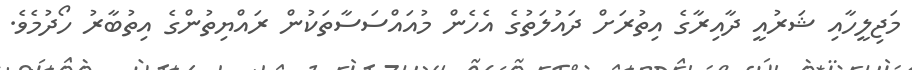
މަޖިލީހާއި ޝަރުއީ ދާއިރާގެ އިތުރަށް ދައުލަތުގެ އެހެން މުއައްސަސާތަކުން ރައްޔިތުންގެ އިތުބާރު ހޯދުމެވެ.